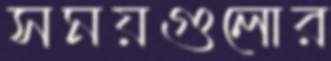
সময়গুলোর